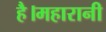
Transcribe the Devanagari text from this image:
है।महारानी